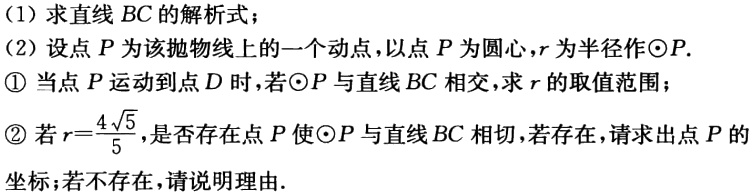
（1）求直线 \(BC\) 的解析式；
（2）设点 \(P\) 为该抛物线上的一个动点，以点 \(P\) 为圆心，\(r\) 为半径作\(\odot P\).
\textcircled{1} 当点 \(P\) 运动到点 \(D\) 时，若\(\odot P\) 与直线 \(BC\) 相交，求 \(r\) 的取值范围；
\textcircled{2} 若 \(r = \frac{4\sqrt{5}}{5}\)，是否存在点 \(P\) 使\(\odot P\) 与直线 \(BC\) 相切，若存在，请求出点 \(P\) 的坐标；若不存在，请说明理由.